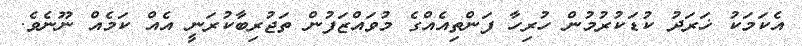
އެކަމަކު ޚަރަދު ކުޑަކުރުމުން ހުރިހާ ފަންތިއެއްގެ މުވައްޒަފުން ތަޖުރިބާކުރަނީ އެއް ކަމެއް ނޫނެވެ.